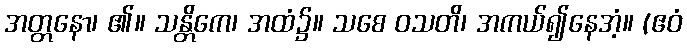
အတ္တနော၊ ၏။ သန္တိကေ၊ အထံ၌။ သစေ ဝသတိ၊ အကယ်၍နေအံ့။ (ဧဝံ